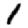
Digit: 1